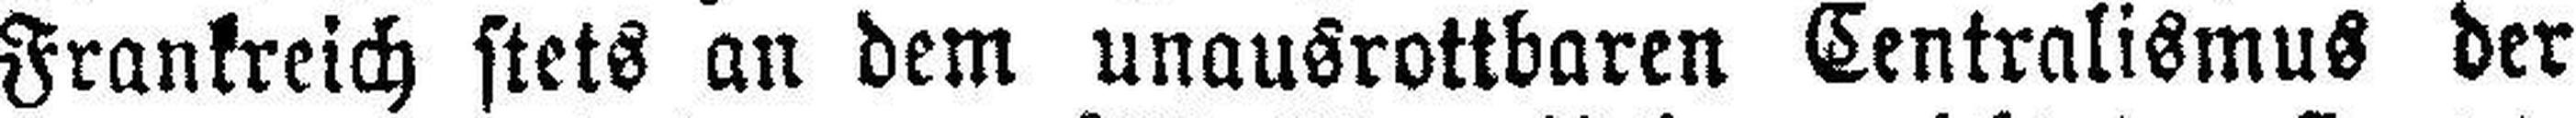
Frankreich stets an dem unausrottbaren Centralismus der